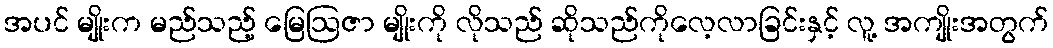
အပင် မျိုးက မည်သည့် မြေဩဇာ မျိုးကို လိုသည် ဆိုသည်ကိုလေ့လာခြင်းနှင့် လူ့ အကျိုးအတွက်